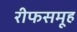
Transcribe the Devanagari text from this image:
रीफसमूह